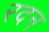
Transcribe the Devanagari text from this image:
रदन